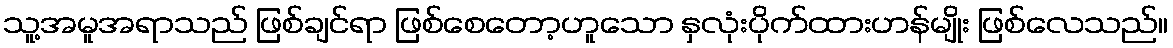
သူ့အမူအရာသည် ဖြစ်ချင်ရာ ဖြစ်စေတော့ဟူသော နှလုံးပိုက်ထားဟန်မျိုး ဖြစ်လေသည်။